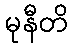
မုနီတိ